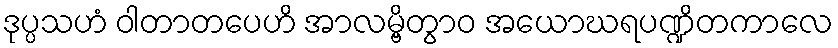
ဒုပ္ပသဟံ ဝါတာတပေဟိ အာလမ္ဗိတွာဝ အယောဃရပဏ္ဍိတကာလေ